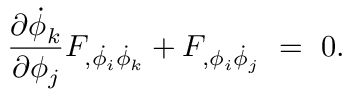
{ \frac { \partial \dot { \phi } _ { k } } { \partial \phi _ { j } } } F _ { , \dot { \phi _ { i } } \dot { \phi } _ { k } } + F _ { , \phi _ { i } \dot { \phi } _ { j } } ~ = ~ 0 .